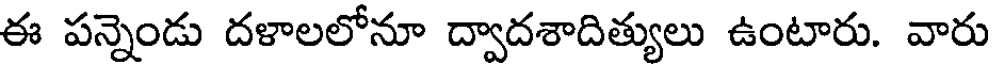
ఈ పన్నెండు దళాలలోనూ ద్వాదశాదిత్యులు ఉంటారు. వారు